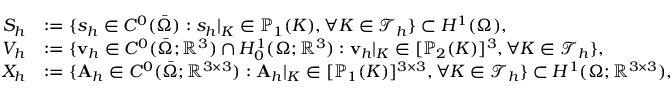
\begin{array} { r l } { S _ { h } } & { : = \{ s _ { h } \in C ^ { 0 } ( \bar { \Omega } ) : s _ { h } | _ { K } \in \mathbb { P } _ { 1 } ( K ) , \forall K \in \mathcal { T } _ { h } \} \subset H ^ { 1 } ( \Omega ) , } \\ { V _ { h } } & { : = \{ \mathbf { v } _ { h } \in C ^ { 0 } ( \bar { \Omega } ; \mathbb { R } ^ { 3 } ) \cap H _ { 0 } ^ { 1 } ( \Omega ; \mathbb { R } ^ { 3 } ) : \mathbf { v } _ { h } | _ { K } \in [ \mathbb { P } _ { 2 } ( K ) ] ^ { 3 } , \forall K \in \mathcal { T } _ { h } \} , } \\ { X _ { h } } & { : = \{ \mathbf { A } _ { h } \in C ^ { 0 } ( \bar { \Omega } ; \mathbb { R } ^ { 3 \times 3 } ) : \mathbf { A } _ { h } | _ { K } \in [ \mathbb { P } _ { 1 } ( K ) ] ^ { 3 \times 3 } , \forall K \in \mathcal { T } _ { h } \} \subset H ^ { 1 } ( \Omega ; \mathbb { R } ^ { 3 \times 3 } ) , } \end{array}